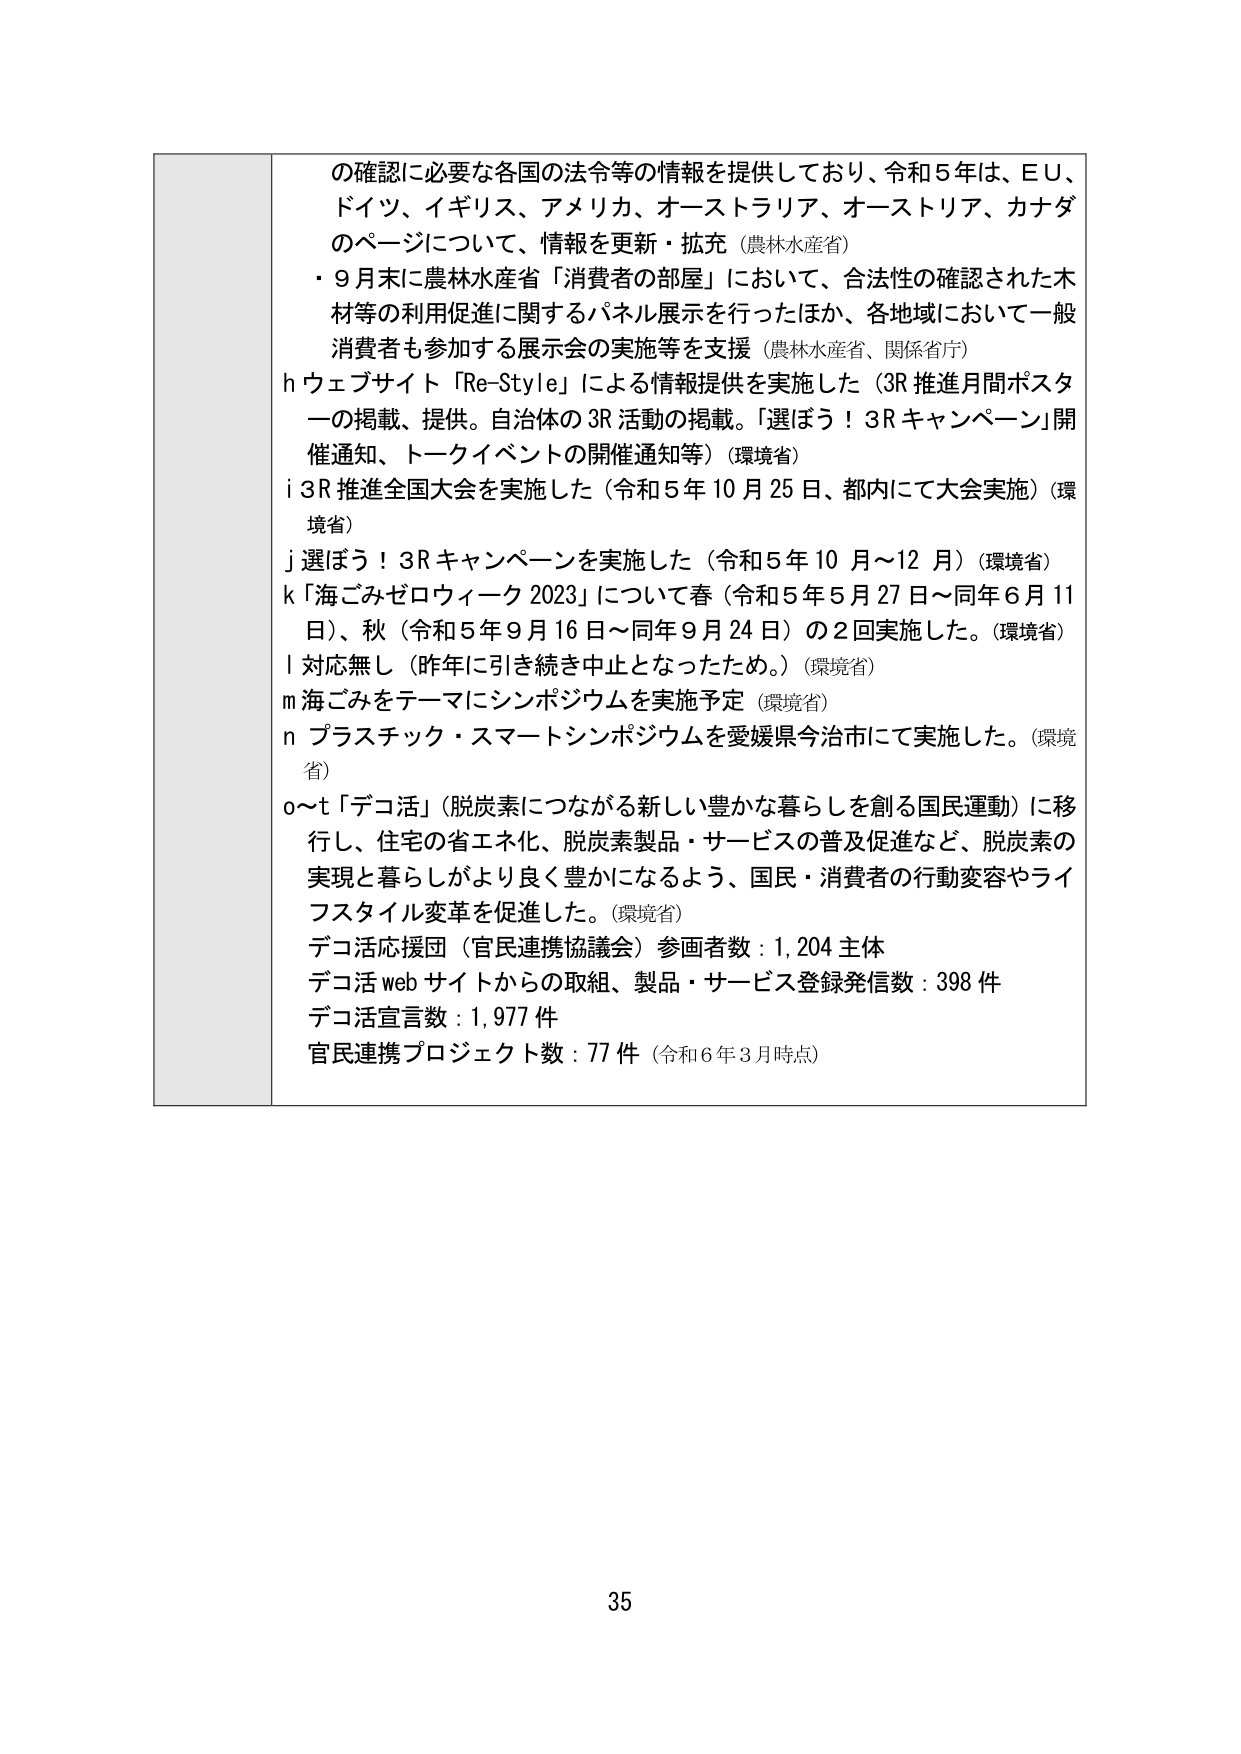
の確認に必要な各国の法令等の情報を提供しており、令和５年は、ＥＵ、
ドイツ、イギリス、アメリカ、オーストラリア、オーストリア、カナダ
のページについて、情報を更新・拡充（農林水産省）
・９月末に農林水産省「消費者の部屋」において、合法性の確認された木
材等の利用促進に関するパネル展示を行ったほか、各地域において一般
消費者も参加する展示会の実施等を支援（農林水産省、関係省庁）
ｈウェブサイト「Re-Style」による情報提供を実施した（3R 推進月間ポスタ
ーの掲載、提供。自治体の3R 活動の掲載。「選ぼう！3R キャンペーン」開
催通知、トークイベントの開催通知等）（環境省）
ｉ3R 推進全国大会を実施した（令和５年10月25日、都内にて大会実施）（環
境省）
ｊ選ぼう！3R キャンペーンを実施した（令和５年10月～12月）（環境省）
ｋ「海ごみゼロウィーク 2023」について春（令和５年5月27日～同年6月11
日）、秋（令和５年9月16日～同年9月24日）の2回実施した。（環境省）
ｌ対応無し（昨年に引き続き中止となったため。）（環境省）
ｍ海ごみをテーマにシンポジウムを実施予定（環境省）
ｎプラスチック・スマートシンポジウムを愛媛県今治市にて実施した。（環境
省）
ｏ～ｔ「デコ活」（脱炭素につながる新しい豊かな暮らしを創る国民運動）に移
行し、住宅の省エネ化、脱炭素製品・サービスの普及促進など、脱炭素の
実現と暮らしがより良く豊かになるよう、国民・消費者の行動変容やライ
フスタイル変革を促進した。（環境省）
デコ活応援団（官民連携協議会）参画者数：1,204 主体
デコ活 web サイトからの取組、製品・サービス登録発信数：398 件
デコ活宣言数：1,977 件
官民連携プロジェクト数：77 件（令和６年３月時点）

35